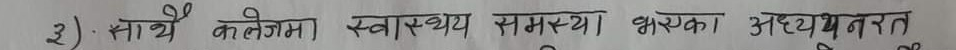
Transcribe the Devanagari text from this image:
३). साथै कलेजमा स्वास्थ समस्या भएका अध्ययनरत